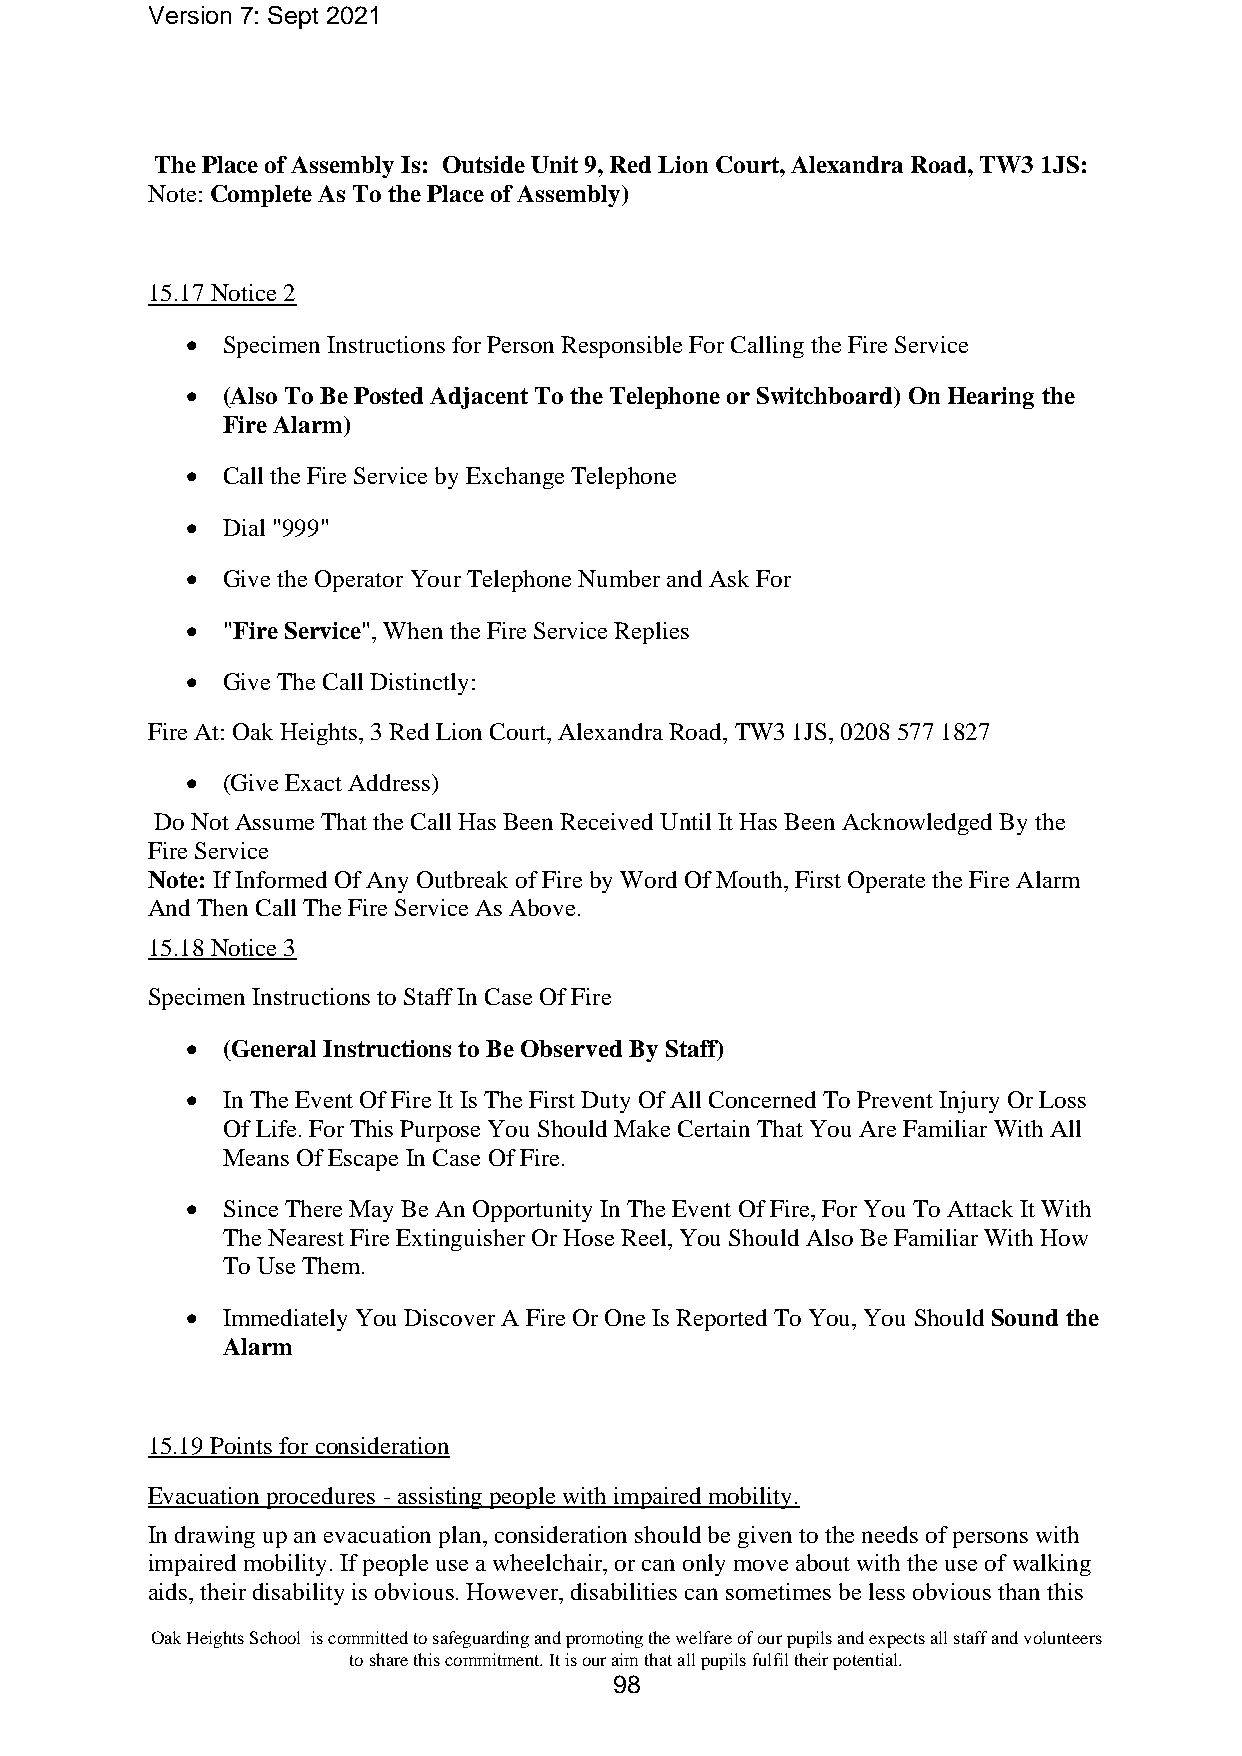
Version 7: Sept 2021
 The Place of Assembly Is: Outside Unit 9, Red Lion Court, Alexandra Road, TW3 1JS:
 Note: Complete As To the Place of Assembly)
 15.17 Notice 2
 •  Specimen Instructions for Person Responsible For Calling the Fire Service
 •  (Also To Be Posted Adjacent To the Telephone or Switchboard) On Hearing the
 Fire Alarm)
 •  Call the Fire Service by Exchange Telephone
 •  Dial "999"
 •  Give the Operator Your Telephone Number and Ask For
 •  "Fire Service", When the Fire Service Replies
 •  Give The Call Distinctly:
 Fire At: Oak Heights, 3 Red Lion Court, Alexandra Road, TW3 1JS, 0208 577 1827
 •  (Give Exact Address)
 Do Not Assume That the Call Has Been Received Until It Has Been Acknowledged By the
 Fire Service
 Note: If Informed Of Any Outbreak of Fire by Word Of Mouth, First Operate the Fire Alarm
 And Then Call The Fire Service As Above.
 15.18 Notice 3
 Specimen Instructions to Staff In Case Of Fire
 •  (General Instructions to Be Observed By Staff)
 •  In The Event Of Fire It Is The First Duty Of All Concerned To Prevent Injury Or Loss
 Of Life. For This Purpose You Should Make Certain That You Are Familiar With All
 Means Of Escape In Case Of Fire.
 •  Since There May Be An Opportunity In The Event Of Fire, For You To Attack It With
 The Nearest Fire Extinguisher Or Hose Reel, You Should Also Be Familiar With How
 To Use Them.
 •  Immediately You Discover A Fire Or One Is Reported To You, You Should Sound the
 Alarm
 15.19 Points for consideration
 Evacuation procedures - assisting people with impaired mobility.
 In drawing up an evacuation plan, consideration should be given to the needs of persons with
 impaired mobility. If people use a wheelchair, or can only move about with the use of walking
 aids, their disability is obvious. However, disabilities can sometimes be less obvious than this
 Oak Heights School is committed to safeguarding and promoting the welfare of our pupils and expects all staff and volunteers
 to share this commitment. It is our aim that all pupils fulfil their potential.
 98